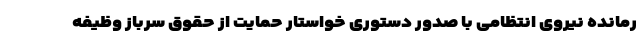
رمانده نیروی انتظامی با صدور دستوری خواستار حمایت از حقوق سرباز وظیفه